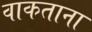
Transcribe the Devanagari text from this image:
वाकताना